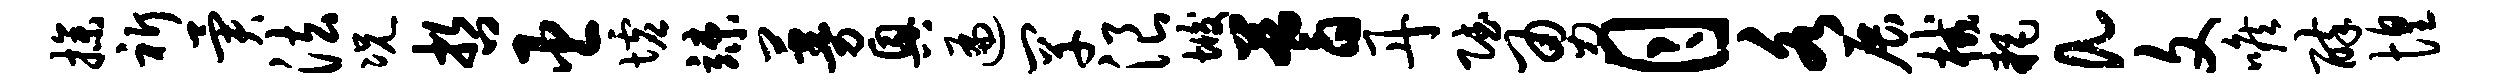
操祈异法况哲臣墟竦蔓兴遍罕浪垢蓍丹赋勇月各展械耗a文喉醉惶